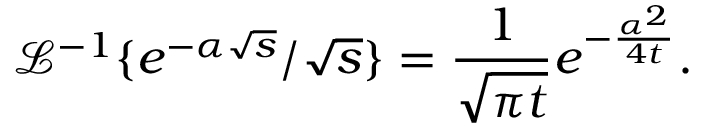
\mathcal { L } ^ { - 1 } \{ e ^ { - \alpha \sqrt { s } } / \sqrt { s } \} = \frac { 1 } { \sqrt { \pi t } } e ^ { - \frac { \alpha ^ { 2 } } { 4 t } } .